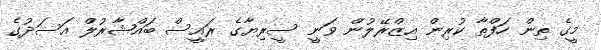
މީގެ ތިން ހަފްތާ ކުރިން އިޒްރޭލުން ވަނީ ސީރިޔާގެ ރައީސް ބައްޝާރުލް އަސަދުގެ